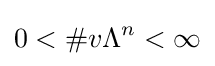
0<\#v\Lambda ^{n}<\infty